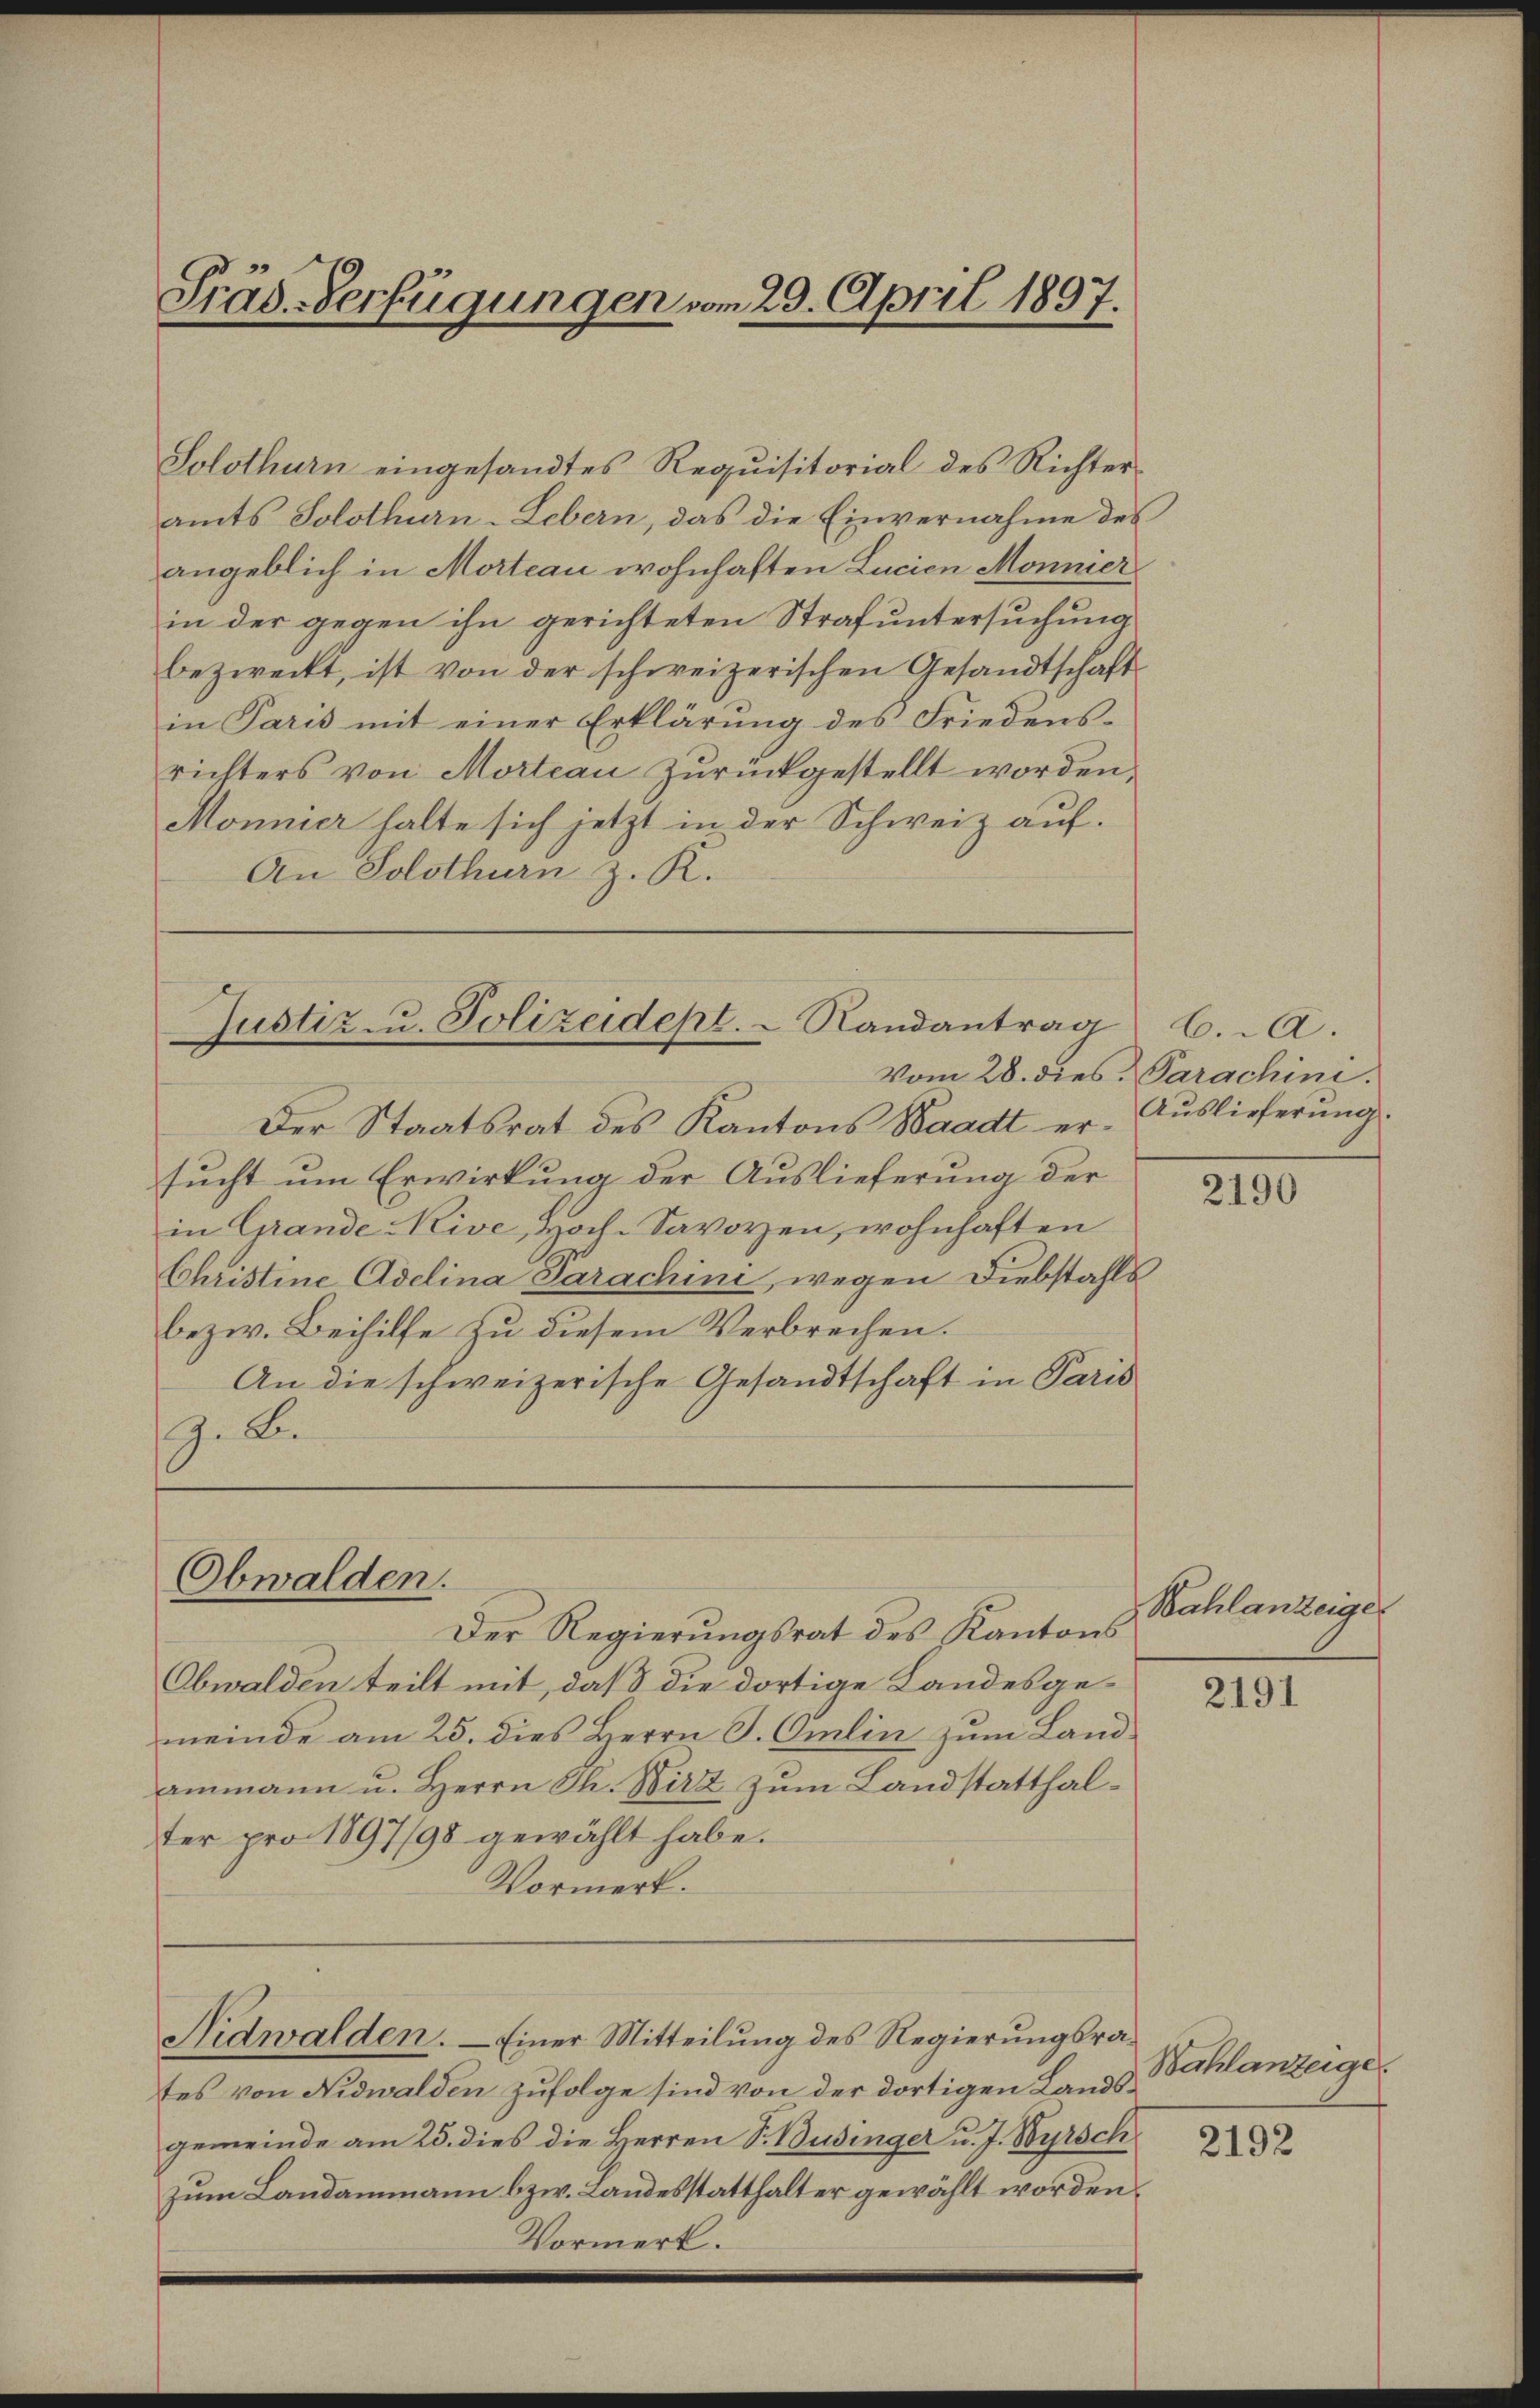
Präs. Verfügungen vom 29. April 1897.

Solothurn eingesandtes Requisitorial des Richteramts Solothurn-Lebern, das die Einvernahme des
angeblich in Morteau wohnhaften Lucien Monnier
in der gegen ihn gerichteten Strafuntersuchung
bezweckt, ist von der schweizerischen Gesandtschaft
in Paris mit einer Erklärung des Friedensrichters von Morteau zŭrückgestellt worden,
Monnier halte sich jetzt in der Schweiz auf.
An Solothurn z. K.

Justiz u. Polizeidept. Randantrag 6. A.

Der Staatsrat des Kantons Waadt er- Auslieferung.
sucht um Erwirkung der Auslieferung der
in Grande Nive, Hoch-Savoyen, wohnhaften
Christine Adelina Sarachini, wegen Diebstahls
bezw. Beihilfe zu diesem Verbrechen.
An die schweizerische Gesandtschaft in Paris
. Be

Obwalden.

Der Regierungsrat des Kantons
Obwalden teilt mit, daß die dortige Landesgemeinde am 25. dies Herrn S. Omlin zum Land
ammann u. Herrn Th. Wirz zum Landstatthalter pro 1897/98 gewählt habe.
Vormerk.

Nidwalden. — Einer Mitteilung des Regierungsrates von Nidwalden zufolge sind von der dortigen Landsgemeinde am 25. dies die Herren S. Businger u. J. Wyrsch
zum Landammann bzw. Landesstatthalter gewählt worden.
Vormerk.

Vom 28. dies Parachini.

2190

Bahlanzeige

2191

Bahlanzeige.
2192